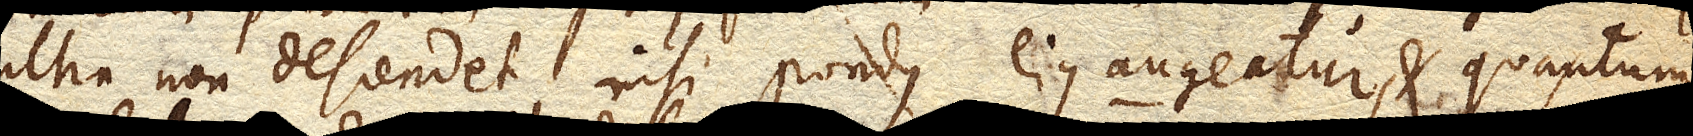
ultra non descendet, nisi pondus ejus augeatur, et quantum